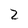
Character: 2